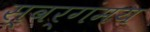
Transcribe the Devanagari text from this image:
स्वर्गंमय